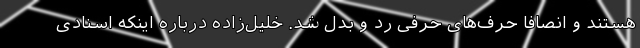
هستند و انصافا حرف‌های حرفی رد و بدل شد. خلیل‌زاده درباره اینکه اسنادی